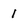
Character: 1